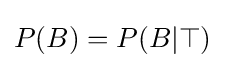
P(B)=P(B|\top )